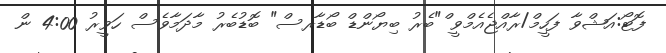
ފޮޓޯ:އަޝްވާ ފަހީމް/ރާއްޖެއެމްވީ ް"ބެރު ބިޔޯންޑް ބޯޑާރސް" ބޮޑުބެރު މާދަމާވެސް ހަވީރު 4:00 ން